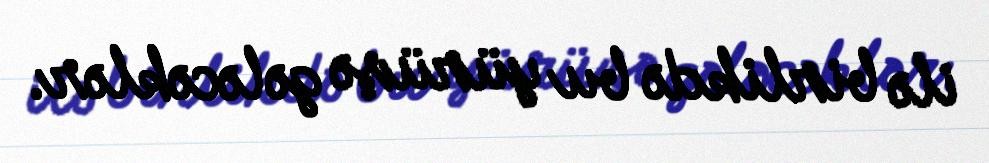
ilə birlikdə bu yürüşə gələcəklər.